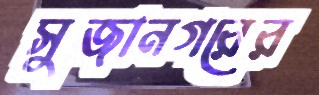
সুজানগরের